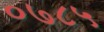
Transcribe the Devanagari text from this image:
०७८५